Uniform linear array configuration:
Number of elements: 48
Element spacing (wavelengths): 1
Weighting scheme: hamming
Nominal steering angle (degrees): -60
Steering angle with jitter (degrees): -60.534
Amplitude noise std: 0.05
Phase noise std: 0.05

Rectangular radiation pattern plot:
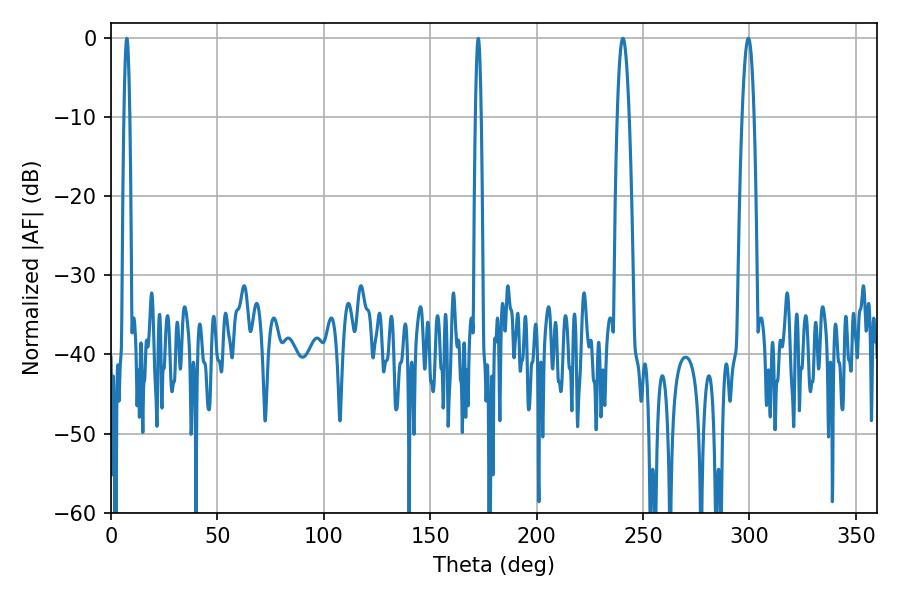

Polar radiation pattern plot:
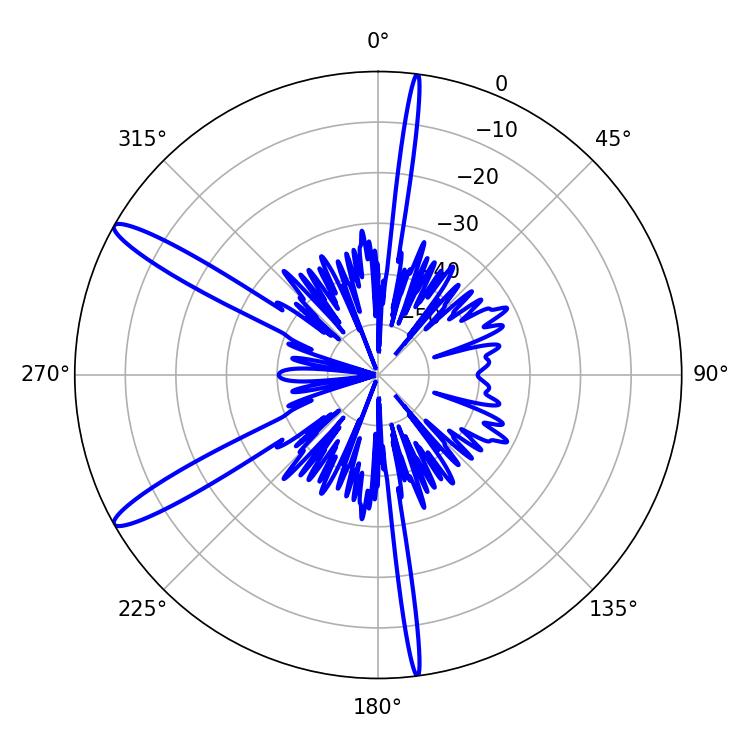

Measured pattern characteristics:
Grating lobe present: TRUE
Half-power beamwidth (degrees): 3.06
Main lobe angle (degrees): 299.52